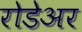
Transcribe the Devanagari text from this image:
रोडेअर